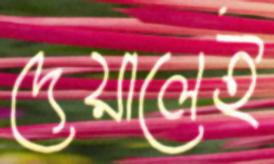
দেয়ালেই